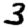
Digit: 3